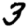
Digit: 3